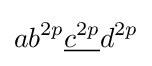
ab^{2p}{\underline {c^{2p}}}d^{2p}